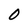
Character: 0